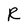
Character: R